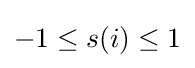
-1\leq s(i)\leq 1